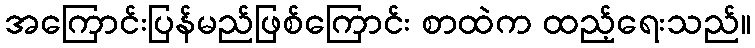
အကြောင်းပြန်မည်ဖြစ်ကြောင်း စာထဲက ထည့်ရေးသည်။